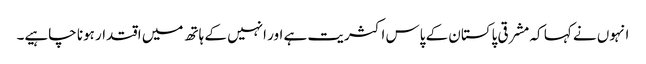
انہوں نے کہا کہ مشرقی پاکستان کے پاس اکثریت ہے اور انہیں کے ہاتھ میں اقتدار ہونا چاہیے۔